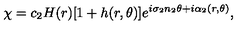
\chi = c _ { 2 } H ( r ) [ 1 + h ( r , \theta ) ] e ^ { i \sigma _ { 2 } n _ { 2 } \theta + i \alpha _ { 2 } ( r , \theta ) } ,